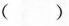
( )